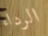
الرداء